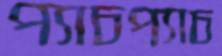
প্যাচপ্যাচ